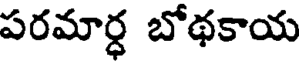
పరమార్ధ బోథకాయ